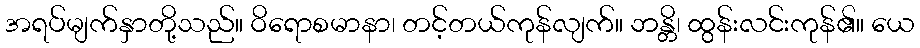
အရပ်မျက်နှာတို့သည်။ ဝိရောစမာနာ၊ တင့်တယ်ကုန်လျက်။ ဘန္တိ၊ ထွန်းလင်းကုန်၏။ ယေ